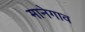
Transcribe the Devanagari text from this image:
मानेगाव